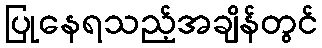
ပြုနေရသည့်အချိန်တွင်